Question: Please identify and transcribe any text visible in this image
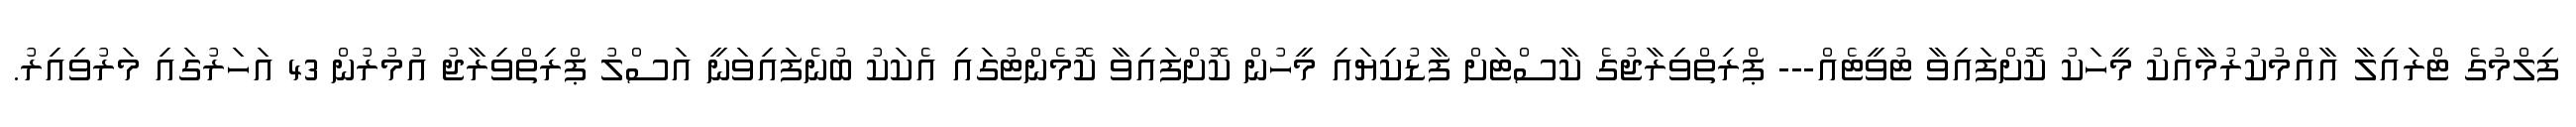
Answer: ފިލްމުގެ ޓްރައިލާ އާއްމުކުރުމާއެކު މީހަކު ކޮށްފައިވާ ޓުވީޓެއް--- ޕްރިތްވިރާޖުގެ ކާސްޓަށް ފާޑުކިޔައި މީހުން ކޮށްފައިވާ ކޮމެންޓުގައި އެކަކު ބުނެފައިވަނީ އަސްލު ޕްރިތްވިރާޖު އުމުރުން 43 އަހަރުގައި މަރުވިއިރު.